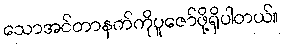
သောအင်တာနက်ကိုပူဇော်ဖို့ရှိပါတယ်။